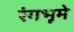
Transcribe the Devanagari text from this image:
रंगभूमे